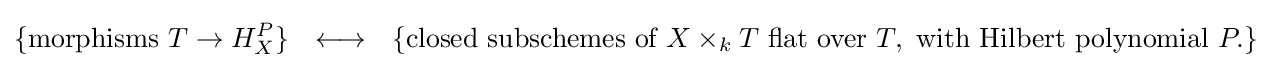
\{{\text{morphisms }}T\to H_{X}^{P}\}\ \ \longleftrightarrow \ \ \{{\text{closed subschemes of }}X\times _{k}T{\text{ flat over }}T,{\text{ with Hilbert polynomial }}P.\}